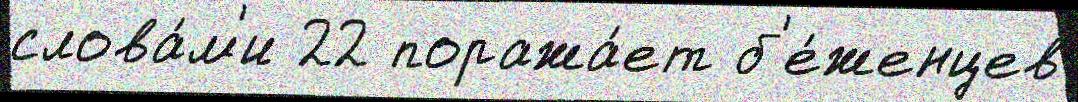
слова́м'и 22 поража́ет б'е́женцев